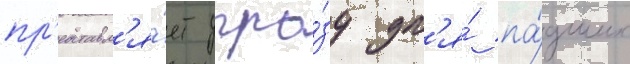
пр'едставл'я́ет угро́зу дл'я́ па́дших